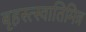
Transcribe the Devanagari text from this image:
बृहस्त्स्वातिमित्र